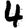
Digit: 4